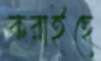
করাইছে